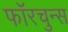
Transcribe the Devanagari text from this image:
फॉरचुन्स